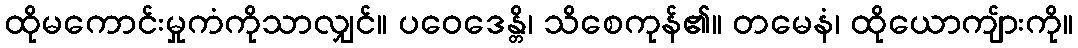
ထိုမကောင်းမှုကံကိုသာလျှင်။ ပဝေဒေန္တိ၊ သိစေကုန်၏။ တမေနံ၊ ထိုယောကျ်ားကို။